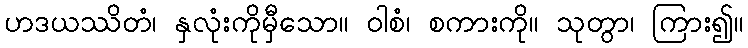
ဟဒယဿိတံ၊ နှလုံးကိုမှီသော။ ဝါစံ၊ စကားကို။ သုတွာ၊ ကြား၍။